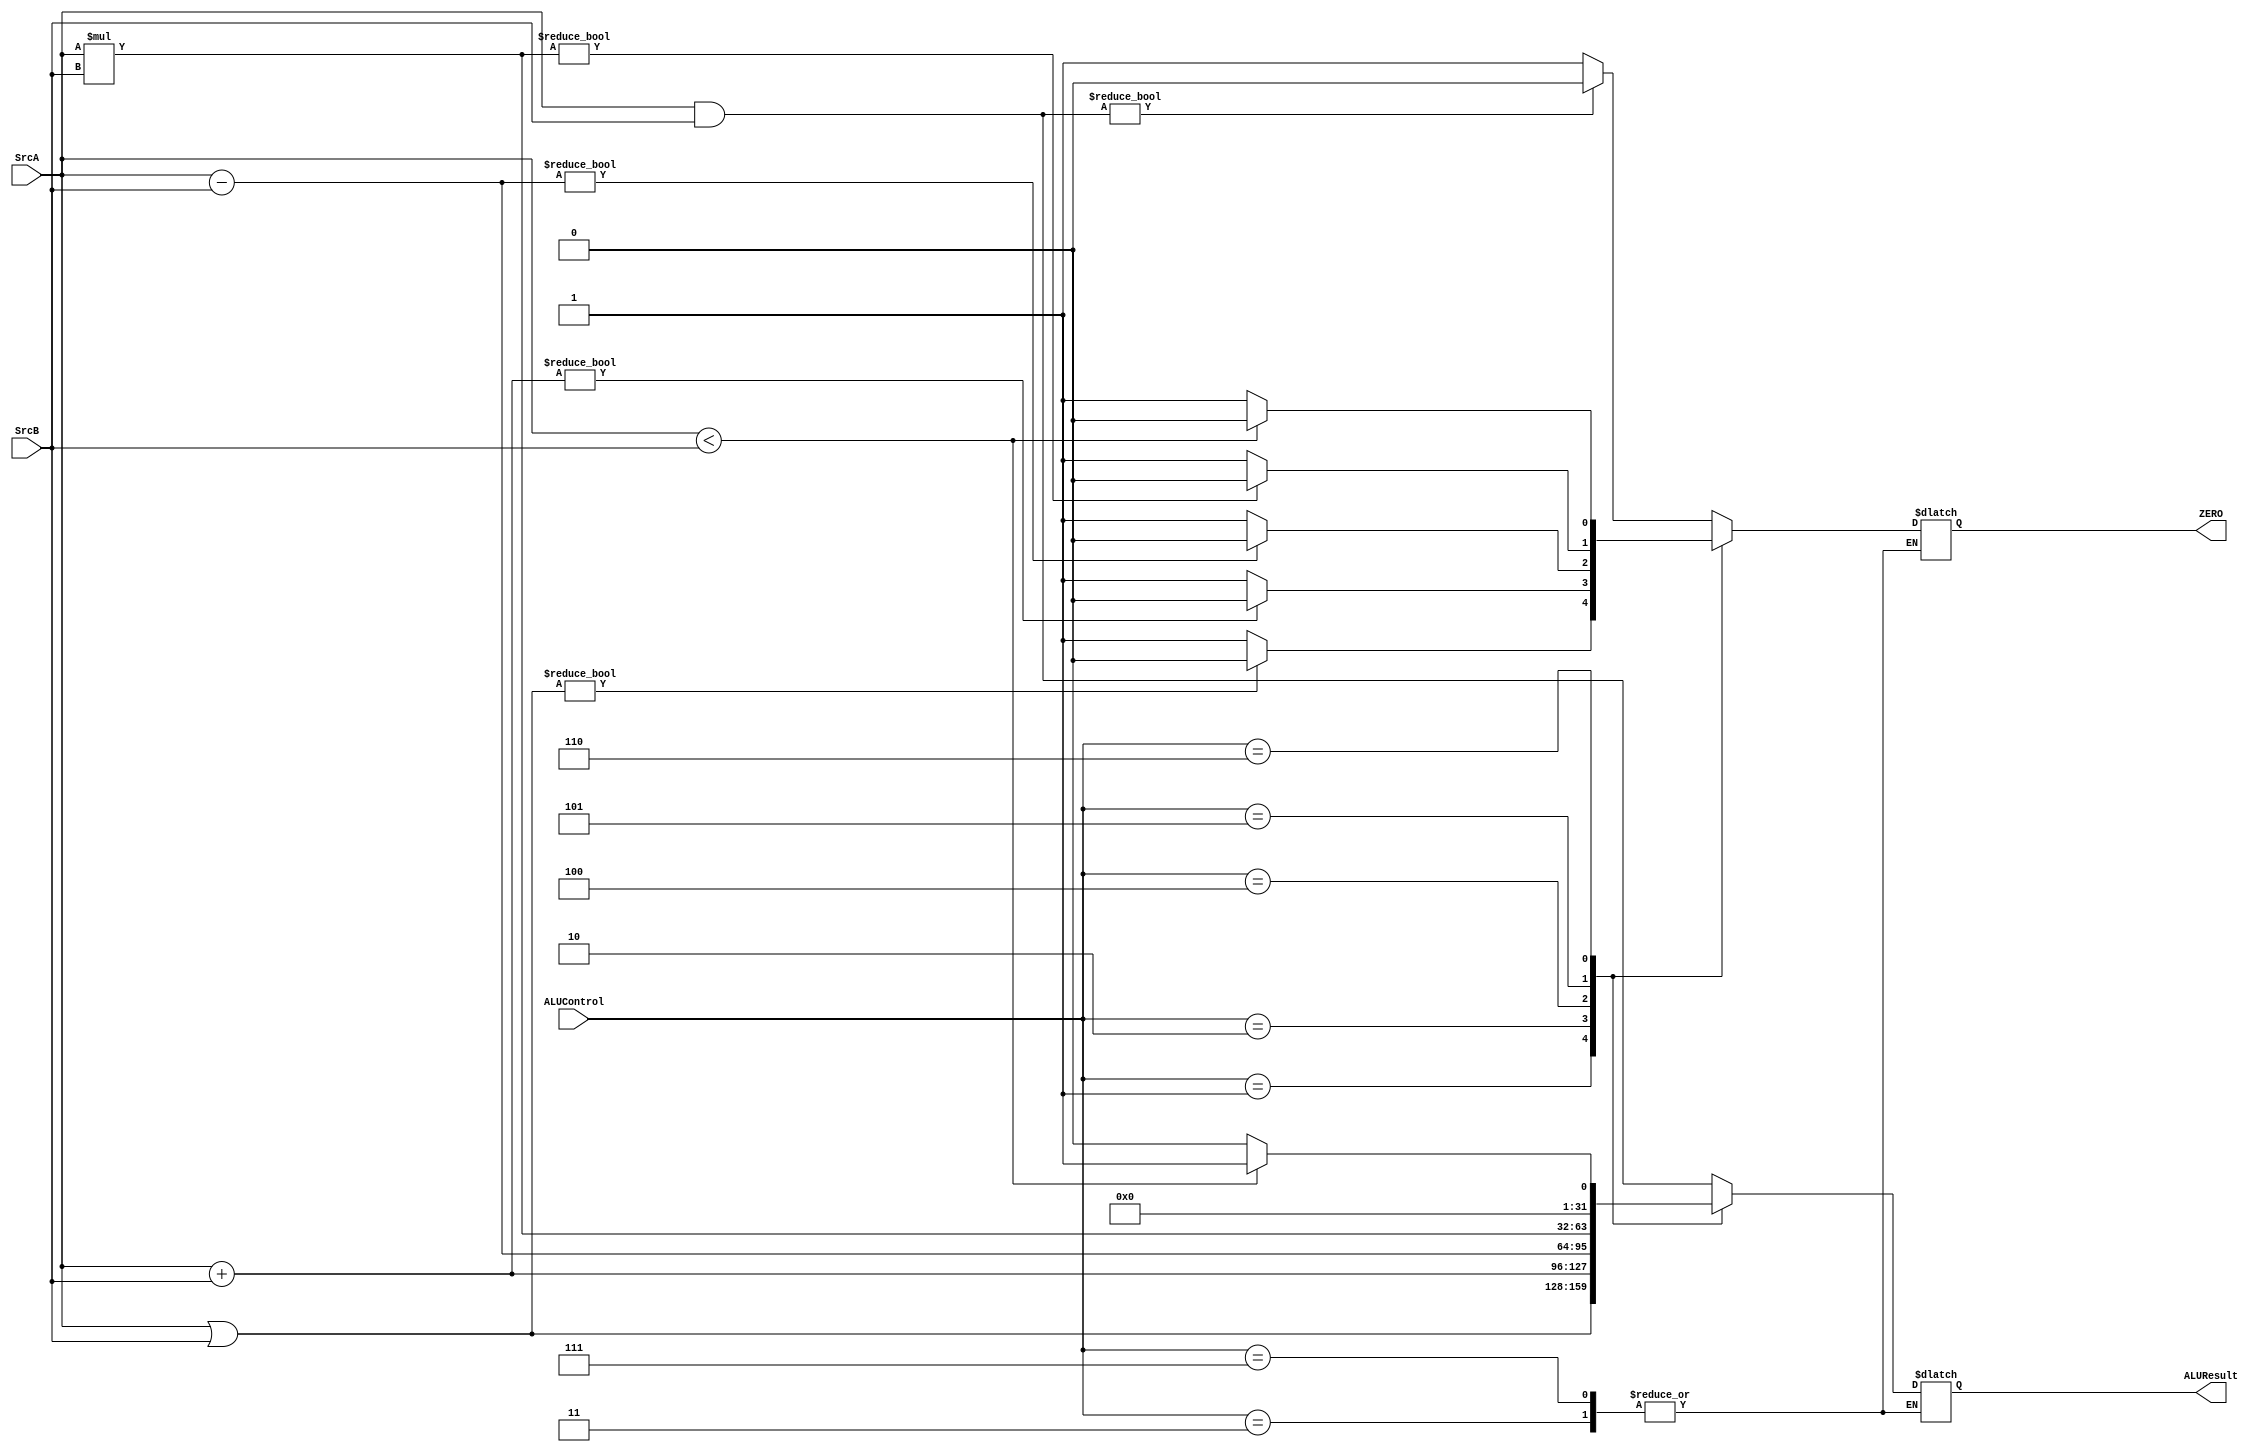
/******************************************************************************
*
* Module: Private - Arithmatic Logic Unit ' ALU ' Block 
*
*
* Description:  An Arithmetic/Logical Unit (ALU) combines a variety of mathematical
*               and logical operations into a single unit. For example, a typical ALU
*               might perform addition, subtraction, magnitude comparison, AND, and OR 
*               operations. The ALU forms the heart of most computer systems. The 3-bit 
*               ALUControl signal specifies the operation. The ALU generates a 32-bit ALU
*               Result and a Zero flag, that indicates whether ALUResult == 0. The following
*               table lists the specified functions that our ALU can perform.
*
*
*******************************************************************************/

//********************Port Declaration*************************//
module  ALU # (

parameter input_width   = 32 , //initialize a parameter variable with value 16 
parameter output_width  = 32 , //initialize a parameter variable with value 32 
parameter Control_width = 3  ) //initialize a parameter variable with value 3  
  
(
  
input wire [input_width-1 : 0 ]  SrcA       ,  //Declaring the Variable As an Input Port with width 16 bits 
input wire [input_width-1 : 0 ]  SrcB       ,  //Declaring the Variable As an Input Port with width 16 bits
input wire [Control_width-1 :0]  ALUControl ,  //Declaring the Variable As an Input Port with width 3 bits
output reg [output_width-1  :0]  ALUResult  ,  //Declaring the Variable As an Input Port with width 32 bits
output reg                       ZERO          //Declaring the Variable As an Input Port with width 1 bit                
  
);

//****************** Parameeters Initialization  ****************//

localparam          AND           = 3'b000 , //initialize a parameter variable with a binary value 000
                    OR            = 3'b001 , //initialize a parameter variable with a binary value 001                    
                    ADDITION      = 3'b010 , //initialize a parameter variable with a binary value 010 
                    NOT_USED      = 3'b011 , //initialize a parameter variable with a binary value 011
                    Subtraction   = 3'b100 , //initialize a parameter variable with a binary value 100
                    Multblication = 3'b101 , //initialize a parameter variable with a binary value 101
                    SLT           = 3'b110 , //initialize a parameter variable with a binary value 110
                    NOT_USED_Again = 3'b111 ,//initialize a parameter variable with a binary value 111 
                    ONE            = 1'b1   ,//initialize a parameter variable with a binary value 1
                    Zero           = 1'b0   ;//initialize a parameter variable with a binary value 0
                    
//*************************** The RTL Code *****************************//
/*************** Starting The Combinational Always Block ***************/

always @ (*)

begin                              //beigning of the Combinational Always Block  

case ( ALUControl )                //Case Statment on the ALUContol Input 

//*************************** Case 000 *****************************//
AND :
      begin                        //begining of the And Case 
        
        ALUResult = SrcA & SrcB ;  //Logical And Operation 
        if ( ALUResult )
         begin 
          ZERO = Zero  ;            //Raise the Zero Flag with one     
         end
        else
         begin 
          ZERO = ONE   ;            //Raise the Zero Flag with zero    
         end
      
      end                          //End of the And Case

//*************************** Case 001 *****************************//

OR :
      begin                        //begining of the OR Case 
        
        ALUResult = SrcA | SrcB ;  //Logical OR Operation 
        if ( ALUResult )
         begin 
          ZERO = Zero  ;            //Raise the Zero Flag with one     
         end
        else
         begin 
          ZERO = ONE   ;            //Raise the Zero Flag with zero    
         end
      
      end                          //End of the OR Case

//*************************** Case 010 *****************************//

ADDITION :

      begin                        //begining of the Addition Case  
        
        ALUResult = SrcA + SrcB ;  //Arithmatic Addition Operation  
        if ( ALUResult )
         begin 
          ZERO = Zero  ;            //Raise the Zero Flag with one     
         end
        else
         begin 
          ZERO = ONE   ;            //Raise the Zero Flag with zero      
         end
      
      end                          //End of the Addition Case

//*************************** Case 011 *****************************//

NOT_USED :

      begin 
      
      
      
      end
      
//*************************** Case 100 *****************************//
  
Subtraction :

      begin                        //begining of the Subtraction Case  
        
        ALUResult = SrcA - SrcB ;  //Arithmatic Subtraction Operation 
        if ( ALUResult )
         begin 
          ZERO = Zero ;            //Raise the Zero Flag with one       
         end
        else
         begin 
          ZERO = ONE  ;            //Raise the Zero Flag with zero     
         end
      
      end                          //End of the Subtraction Case  
      
//*************************** Case 101 *****************************//

Multblication :

      begin                         //begining of the Multblication Case  
        
        ALUResult = SrcA * SrcB ;   //Arithmatic Multblication Operation  
        if ( ALUResult )
         begin 
          ZERO = Zero  ;             //Raise the Zero Flag with one      
         end
        else
         begin 
          ZERO = ONE   ;             //Raise the Zero Flag with zero     
         end
      
      end                           //End of the Multblication Case   

//*************************** Case 110 *****************************//

SLT :

      begin                          //begining of the Comparison Case  
         
        if ( SrcA < SrcB )           //Less than Comaprison Operation 
         begin
          ALUResult = ONE  ;         //Make the Result  one    
          ZERO      = Zero ;         //Raise the Zero Flag with one         
         end
        else
         begin 
          ALUResult = Zero  ;        //Make the Result zero  
          ZERO      = ONE   ;        //Raise the Zero Flag with zero        
         end
         
      end 

//*************************** Case 111 *****************************//

NOT_USED_Again :

      begin 
      
      
      
      end
      
//************************** Case Default **************************//  

default : 
          begin 
             
            ALUResult = Zero  ;        //Make the Result zero 
            
          end 
/*********************************************************************/

 endcase         //end of the Case Statement 
end              //end of the always Block 

/*********************************************************************/

endmodule